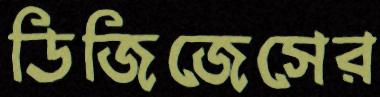
ডিজিজেসের